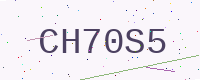
Text: CH70S5